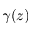
\gamma ( z )